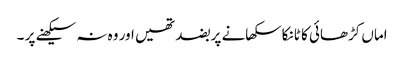
اماں کڑھائی کا ٹانکا سکھانے پر بضد تھیں اور وہ نہ سیکھنے پر ۔